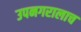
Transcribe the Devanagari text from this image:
उपनगरालाच